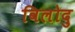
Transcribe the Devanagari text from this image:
विलोदु